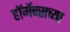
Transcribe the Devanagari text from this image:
हॉर्मेन्सच्या